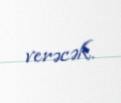
verəcək.